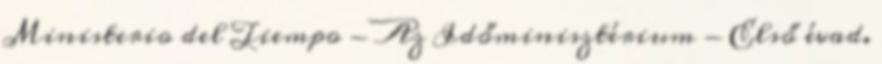
Ministerio del Tiempo - Az Időminisztérium - Első évad.